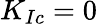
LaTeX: K_{Ic}=0